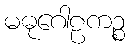
မဓုဂေါဠကဉ္စ